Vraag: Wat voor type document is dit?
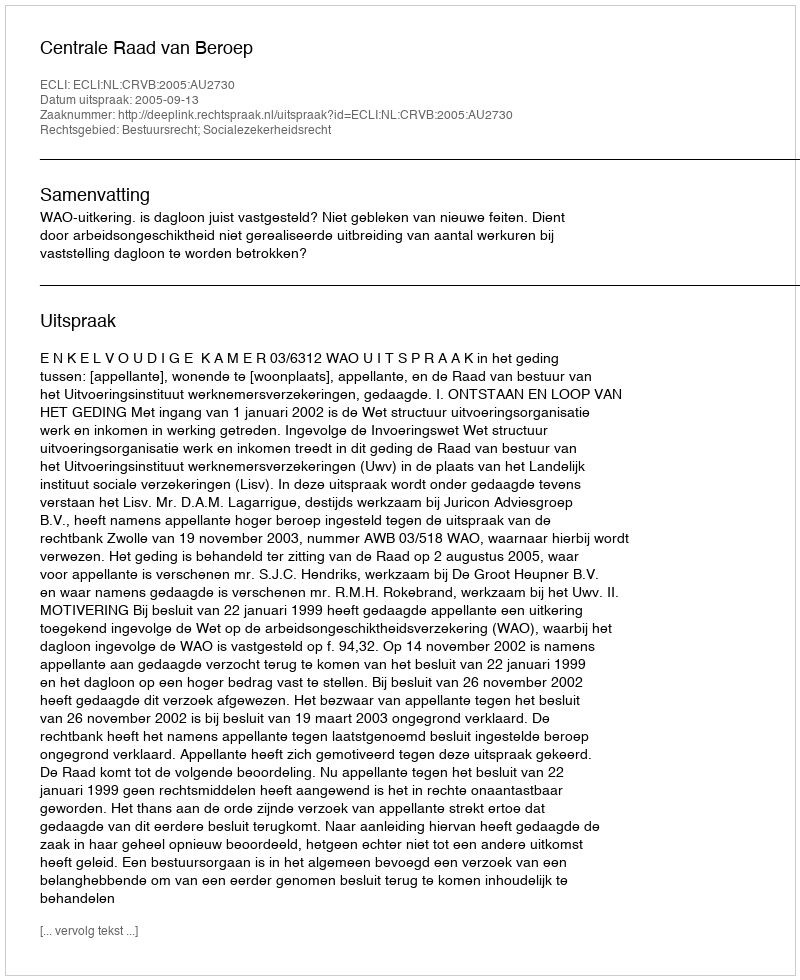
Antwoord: Uitspraak